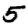
Digit: 5